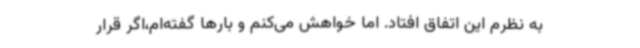
به نظرم این اتفاق افتاد. اما خواهش می‌کنم و بارها گفته‌ام،اگر قرار